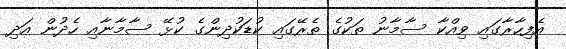
އެފިހާރާގައި ވިއްކާ ސާމާނު ތަކުގެ ތެރޭގައި ކުޑަކުދިންގެ ކުޅޭ ސާމާނާއި ހެދުން އަދި